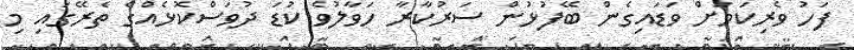
ފަހު ވެރިކަމަށް ވަޑައިގެން ބޭފުޅުން ސަރުކާރާ ހަވާލުވެ ކުޑަ ދުވަސްކޮޅެއްގެ ތެރޭގައި މި